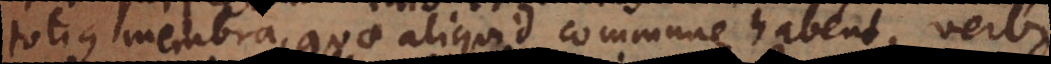
totius membra, quae aliquid commune habent, verbi